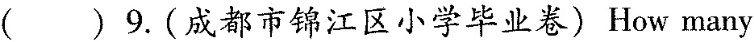
( )9.(成都市锦江区小学毕业卷) How many